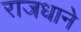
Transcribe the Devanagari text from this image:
राजधाने